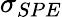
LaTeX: \sigma_{SPE}